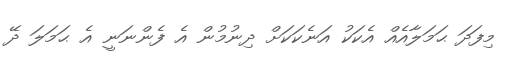
މިފަދަ ޙަމަލާއެއް އެކަކު އަނެކަކަށް ދިނުމުން އެ ފެންނަނީ އެ ޙަމަލަ ދޭ